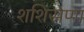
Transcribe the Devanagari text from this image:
शशिसेणा